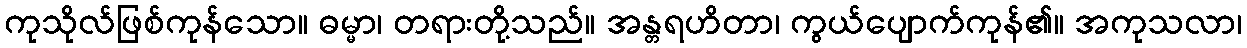
ကုသိုလ်ဖြစ်ကုန်သော။ ဓမ္မာ၊ တရားတို့သည်။ အန္တရဟိတာ၊ ကွယ်ပျောက်ကုန်၏။ အကုသလာ၊